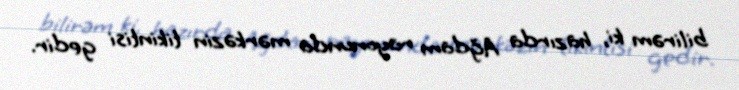
bilirəm ki, hazırda Ağdam rayonunda mərkəzin tikintisi gedir.